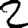
Digit: 2